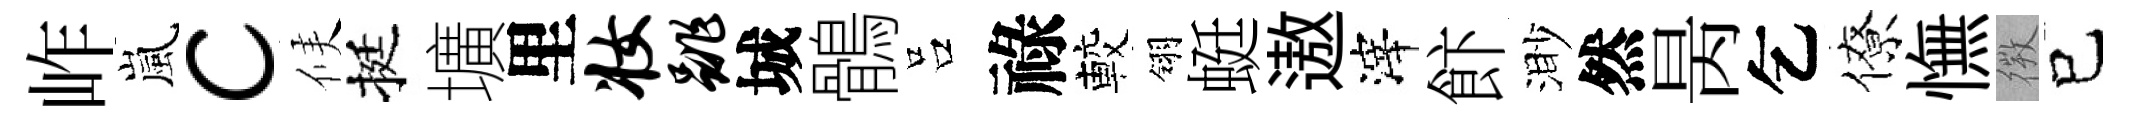
岞嵐c候挺壙里妆跳城鶻吕祿較翎蜓遨滓飰渺然昺乞僚憮𢕄已